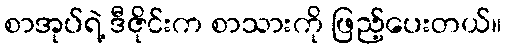
စာအုပ်ရဲ့ ဒီဇိုင်းက စာသားကို ဖြည့်ပေးတယ်။